system: You are a helpful assistant.
user:
Analyze the provided spectrum to determine if it is a **White Dwarf (WD)**.

A White Dwarf spectrum is defined by its **extreme purity** (due to gravitational settling) and/or **extreme pressure broadening** (due to high surface gravity). You must check for one of the following mutually exclusive signatures:

- **Key Visual Indicators (Check for ONE of these types):**

    - **1. DA-Type Signature (Most Common):**
        - **(Primary Feature):** Extreme pressure broadening (Stark broadening) of the **Hydrogen (H) Balmer lines**.
        - **(Key Lines):** $H\beta$ (approx. $4861$ Å) and $H\gamma$ (approx. $4340$ Å). $H\alpha$ (approx. $6563$ Å) will also be present if the wavelength range covers it.
        - **(Line Profile):** This is the **defining feature**. The lines are **NOT** sharp. They appear as massive, **extremely broad and deep "troughs" or "dips"** in the spectrum, often hundreds of Ångströms wide. The continuum will appear to "scoop" down at these wavelengths.
        - **(Distinction):** Normal A-type or B-type stars have *narrow* and *sharp* Hydrogen lines. A DA White Dwarf's lines are unmistakably "smeared" or "blurry" from pressure.

    - **2. DB-Type Signature:**
        - **(Primary Feature):** Broad absorption lines from **Neutral Helium (He I)**. The spectrum must lack any visible Hydrogen lines.
        - **(Key Lines):** Look for broad absorption near $4471$ Å, $4921$ Å, and $5876$ Å.
        - **(Line Profile):** These lines are also significantly pressure-broadened, appearing much wider than they would in a normal B-type main-sequence star.

    - **3. DC-Type Signature:**
        - **(Primary Feature):** A **featureless continuous spectrum**.
        - **(Line Profile):** The spectrum is a smooth curve with **no significant absorption or emission lines**.
        - **(Key Confirmation):** The continuum is almost always **blue or white**, indicating a hot object. This signature implies the atmosphere is so pure (or so cool) that no spectral lines are visible in the optical range. Its WD identity is confirmed by its extremely low intrinsic brightness (high absolute magnitude).

    - **4. DZ-Type Signature (Metal-Polluted):**
        - **(Primary Feature):** **Isolated, narrow metal absorption lines** on an otherwise featureless (DC-like) continuum.
        - **(Key Lines):** The **Calcium (Ca II) H & K doublet** (approx. **$3934$ Å** and **$3968$ Å**) is the most common and defining feature.
        - **(Line Profile):** These lines are "out of place." They are *not* part of a "forest" of thousands of lines. This signature is evidence of recent *accretion* (pollution) from rocky debris.
        - **(Distinction):** Normal G/K/M stars have a *dense forest* of thousands of metal lines. A DZ has a *clean* continuum with *only a few* strong metal lines.

    - **5. DQ-Type Signature (Carbon-Polluted):**
        - **(Primary Feature):** Absorption bands from **Carbon (C₂ "Swan Bands" or atomic C I)**.
        - **(Key Lines - C₂):** Look for bandheads with a "saw-tooth" shape near $5635$ Å, **$5165$ Å** (strongest), and $4737$ Å.
        - **(Key Confirmation):** The underlying **continuum must be blue or white** (hot).
        - **(Distinction):** This is the critical difference from a **Carbon Star**, which has the *exact same* C₂ bands but on an extremely **red, cool** continuum.

- **(Overall Spectrum):**
    - The continuum (overall shape) is typically **blue-sloping** (brighter in the blue than the red), as most white dwarfs are very hot.
    - The spectrum will look "pure" or "simple," dominated by only *one* of the five signatures listed above.

Think first, call **spectral_visualization_tool** if needed to examine features in detail, then provide your final answer. Your response must adhere to the following strict rules:
1.  **Overall Structure:** Your response must follow the format `<think>...</think> <tool_call>...</tool_call> (if a tool is used) <answer>...</answer>`.
2.  **Tool Usage Constraint:** You may only make **one** tool call per turn.
3.  **Final Answer Format:** In the `<answer>` tag, your conclusion must be inside a `\boxed{}` command (e.g., `\boxed{YES}` or `\boxed{NO}`), followed by your justification.

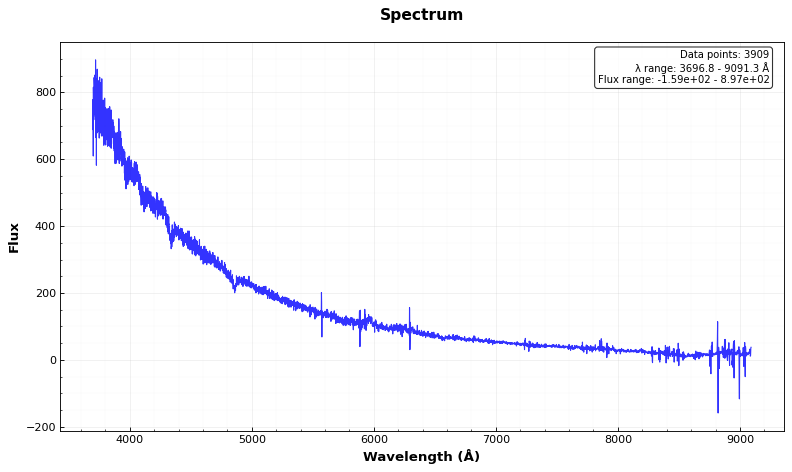
Answer: YES